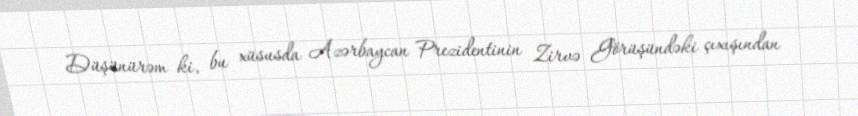
Düşünürəm ki, bu xüsusda Azərbaycan Prezidentinin Zirvə Görüşündəki çıxışından